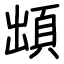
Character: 䪼